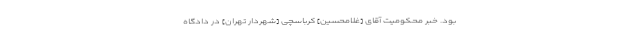
بود. خبر محكومیت آقاى [غلامحسین] كرباسچى [شهردار تهران] در دادگاه